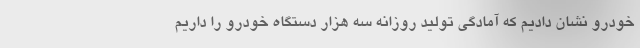
خودرو نشان دادیم که آمادگی تولید روزانه سه هزار دستگاه خودرو را داریم